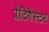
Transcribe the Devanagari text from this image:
प्लैटिगैस्टर